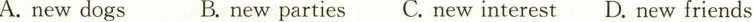
A. new dogs B. new parties C. New interest D. New friends